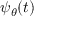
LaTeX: \, \psi _ { \theta } ( t )